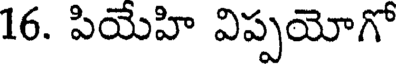
16. పియేహి విప్పయోగో